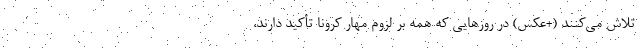
تلاش می‌کنند (+عکس) در روز‌هایی که همه بر لزوم مهار کرونا تأکید دارند،